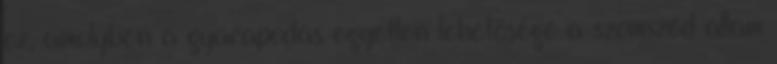
ez, amelyben a gyarapodás egyetlen lehetősége a szomszéd állam